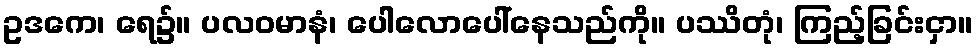
ဥဒကေ၊ ရေ၌။ ပလဝမာနံ၊ ပေါလောပေါ်နေသည်ကို။ ပဿိတုံ၊ ကြည့်ခြင်းငှာ။